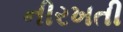
નીરખતી